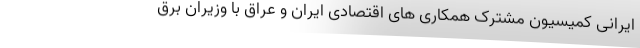
ایرانی کمیسیون مشترک همکاری های اقتصادی ایران و عراق با وزیران برق